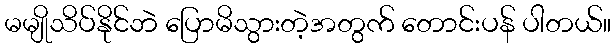
မမျိုသိပ်နိုင်ဘဲ ပြောမိသွားတဲ့အတွက် တောင်းပန် ပါတယ်။